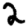
Digit: 2